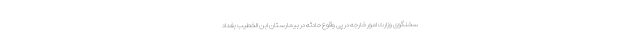
سخنگوی وزارت امور خارجه در پی وقوع حادثه در بیمارستان ابن الخطیب بغداد